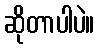
ဆိုတာပါပဲ။